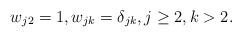
LaTeX: \begin{align*} w_{j2}=1, w_{jk}=\delta_{jk},j\geq 2, k>2.\end{align*}